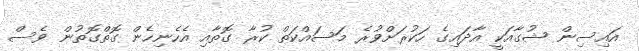
އައިސިން ޝުގާއަކީ އާދައިގެ ހަކުރަށްވުރެ މަސައްކަތް ކުރާ ގޮތާއި އެހެނިހެން ގޮތްގޮތުން ވެސް